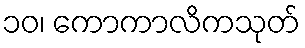
၁၀၊ ကောကာလိကသုတ်